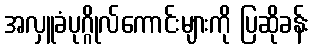
အလှူခံပုဂ္ဂိုလ်ကောင်းများကို ပြဆိုခန်း